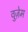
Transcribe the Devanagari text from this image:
वुज़ेम